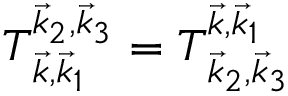
T _ { \vec { k } , \vec { k } _ { 1 } } ^ { \vec { k } _ { 2 } , \vec { k } _ { 3 } } = T _ { \vec { k } _ { 2 } , \vec { k } _ { 3 } } ^ { \vec { k } , \vec { k } _ { 1 } }